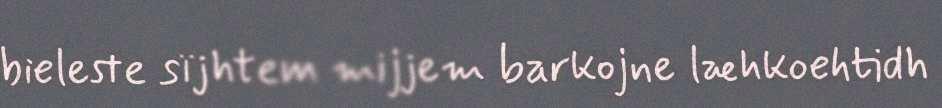
bieleste sïjhtem mijjem barkojne læhkoehtidh